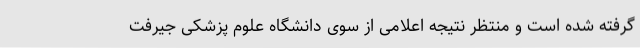
گرفته شده است و منتظر نتیجه اعلامی از سوی دانشگاه علوم پزشکی جیرفت